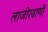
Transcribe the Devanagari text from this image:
लाजीरवाणी